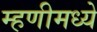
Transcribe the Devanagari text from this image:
म्हणीमध्ये